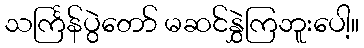
သင်္ကြန်ပွဲတော် မဆင်နွှဲကြဘူးပေါ့။